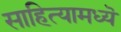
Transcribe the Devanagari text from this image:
साहित्यामध्यॆ